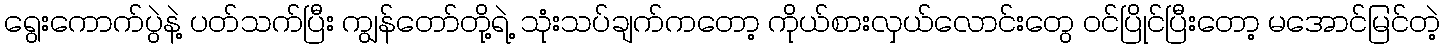
ရွေးကောက်ပွဲနဲ့ ပတ်သက်ပြီး ကျွန်တော်တို့ရဲ့ သုံးသပ်ချက်ကတော့ ကိုယ်စားလှယ်လောင်းတွေ ဝင်ပြိုင်ပြီးတော့ မအောင်မြင်တဲ့